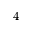
4